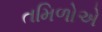
તમિળોએ